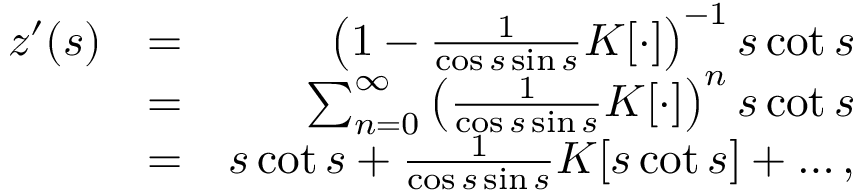
\begin{array} { r l r } { z ^ { \prime } ( s ) } & { = } & { \left( 1 - \frac { 1 } { \cos s \sin s } K [ \cdot ] \right) ^ { - 1 } s \cot s } \\ & { = } & { \sum _ { n = 0 } ^ { \infty } \left( \frac { 1 } { \cos s \sin s } K [ \cdot ] \right) ^ { n } s \cot s } \\ & { = } & { s \cot s + \frac { 1 } { \cos s \sin s } K [ s \cot s ] + \ldots , } \end{array}